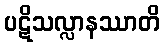
ပဋိသလ္လာနဿာတိ